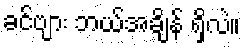
ခင်ဗျား ဘယ်အချိန် ရှိလဲ။